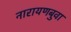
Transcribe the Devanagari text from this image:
नारायणबुवा